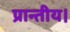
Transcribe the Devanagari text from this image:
प्रान्तीय।